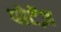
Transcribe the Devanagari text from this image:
पोटेंज़